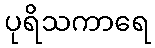
ပုရိသကာရေ